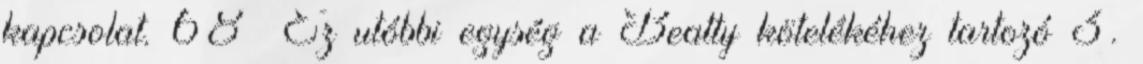
kapcsolat. 68 Ez utóbbi egység a Beatty kötelékéhez tartozó 3.